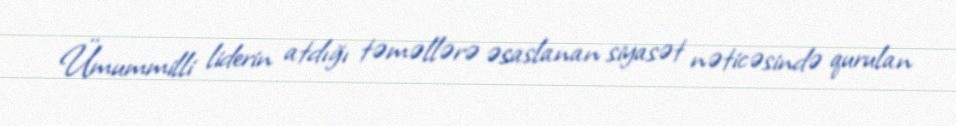
Ümummilli liderin atdığı təməllərə əsaslanan siyasət nəticəsində qurulan